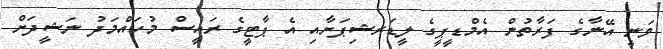
ވަނީ އޭނާގެ ފަރާތުން އެމްޑީޕީގެ ލީޑަރޝިޕަށާއި އެ ޕާޓީގެ ރައީސް މުހައްމަދު ނަޝީދަށް